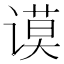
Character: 谟